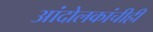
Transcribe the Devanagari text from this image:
आंदोलकांचीही